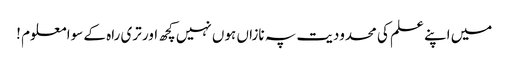
میں اپنے علم کی محدودیت پہ نازاں ہوں نہیں کچھ اور تری راہ کے سوا معلوم !